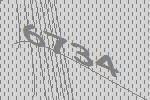
6734